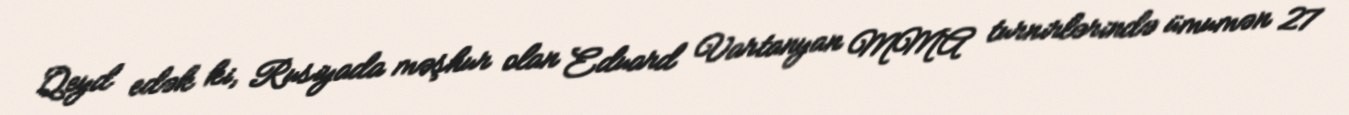
Qeyd edək ki, Rusiyada məşhur olan Eduard Vartanyan MMA turnirlərində ümumən 27